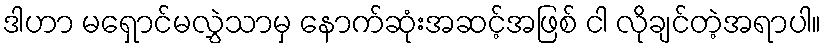
ဒါဟာ မရှောင်မလွှဲသာမှ နောက်ဆုံးအဆင့်အဖြစ် ငါ လိုချင်တဲ့အရာပါ။